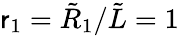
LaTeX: \mathsf{r}_{1}=\tilde{{R}}_{1}/\tilde{{L}}=1